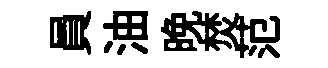
員油晩焚范